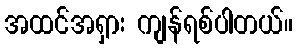
အထင်အရှား ကျန်ရစ်ပါတယ်။